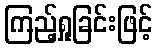
ကြည့်ရှုခြင်းဖြင့်